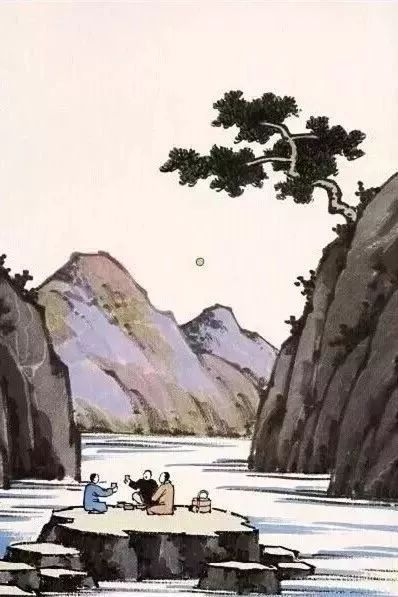
余亦赴京国，何当献凯还。